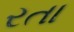
રતા